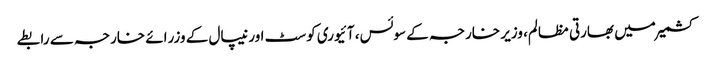
کشمیر میں بھارتی مظالم، وزیر خارجہ کے سوئس، آئیوری کوسٹ اور نیپال کے وزرائے خارجہ سے رابطے